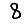
Digit: 8